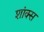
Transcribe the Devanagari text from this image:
शांक्स